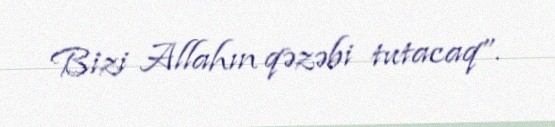
Bizi Allahın qəzəbi tutacaq”.